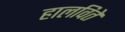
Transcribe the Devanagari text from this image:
हालविते